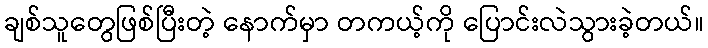
ချစ်သူတွေဖြစ်ပြီးတဲ့ နောက်မှာ တကယ့်ကို ပြောင်းလဲသွားခဲ့တယ်။